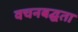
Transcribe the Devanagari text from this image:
वचनबद्घता